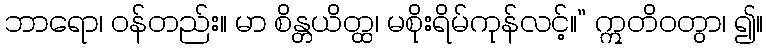
ဘာရော၊ ဝန်တည်း။ မာ စိန္တယိတ္ထ၊ မစိုးရိမ်ကုန်လင့်။” ဣတိဝတွာ၊ ၍။